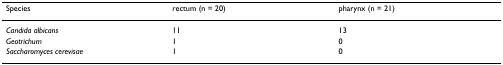
| Species | rectum (n = 20) | pharynx (n = 21) |
 | --- | --- | --- |
 | Candida albicans | 11 | 13 |
 | Geotrichum | 1 | 0 |
 | Saccharomyces cerevisae | 1 | 0 |